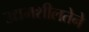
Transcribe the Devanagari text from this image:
उद्यमशीलतेने